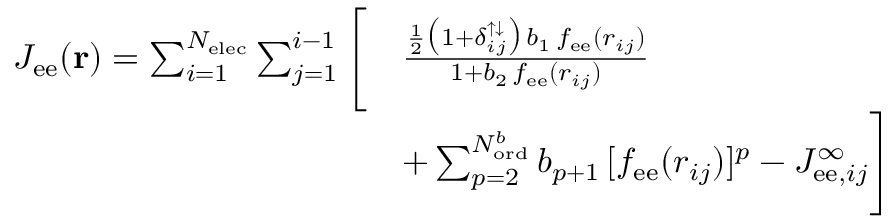
\begin{array} { r l } { J _ { \mathrm { e e } } ( \mathbf { r } ) = \sum _ { i = 1 } ^ { N _ { \mathrm { e l e c } } } \sum _ { j = 1 } ^ { i - 1 } \Bigg [ } & { \frac { \frac { 1 } { 2 } \big ( 1 + \delta _ { i j } ^ { \uparrow \downarrow } \big ) \, b _ { 1 } \, f _ { \mathrm { e e } } ( r _ { i j } ) } { 1 + b _ { 2 } \, f _ { \mathrm { e e } } ( r _ { i j } ) } } \\ & { + \sum _ { p = 2 } ^ { N _ { \mathrm { o r d } } ^ { b } } b _ { p + 1 } \, [ f _ { \mathrm { e e } } ( r _ { i j } ) ] ^ { p } - J _ { \mathrm { e e } , i j } ^ { \infty } \Bigg ] } \end{array}